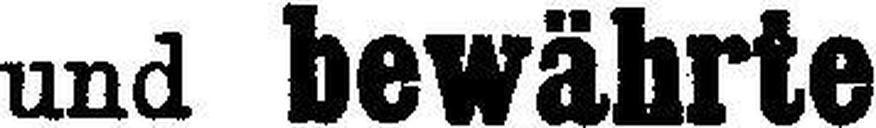
und bewährte